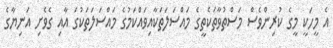
އެ މީހަކީ މީގެ ކުރިންވެސް މަސްތުވާތަކެތީގެ މައްސަލަތަކާއިވައްކަމުގެ މައްސަލަތަކުގަ އާއި ގެވެށި އަނިޔާގެ